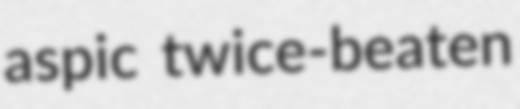
aspic twice-beaten